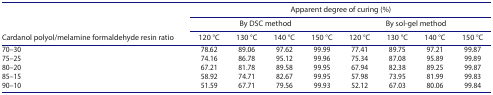
| <ROWSPAN=3> Cardanol polyol/melamine formaldehyde resin ratio | <COLSPAN=8> Apparent degree of curing (%) |
 | <COLSPAN=4> By DSC method | <COLSPAN=4> By sol-gel method |
 | 120 °C | 130 °C | 140 °C | 150 °C | 120 °C | 130 °C | 140 °C | 150 °C |
 | --- | --- | --- | --- | --- | --- | --- | --- | --- |
 | 70–30 | 78.62 | 89.06 | 97.62 | 99.99 | 77.41 | 89.75 | 97.21 | 99.87 |
 | 75–25 | 74.16 | 86.78 | 95.12 | 99.96 | 75.34 | 87.08 | 95.89 | 99.89 |
 | 80–20 | 67.21 | 81.78 | 89.58 | 99.95 | 67.94 | 82.38 | 89.25 | 99.87 |
 | 85–15 | 58.92 | 74.71 | 82.67 | 99.95 | 57.98 | 73.95 | 81.99 | 99.83 |
 | 90–10 | 51.59 | 67.71 | 79.56 | 99.93 | 52.12 | 67.03 | 80.06 | 99.84 |